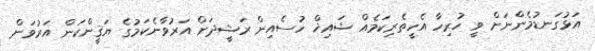
އަޅުގަނޑުމެންނަށް ވީ ހުރިހާ އެހީތެރިކަމެއް ޝައިޚް ހުސެއިން ރަޝީދަށް އަރުވާނެކަމުގެ ޔަޤީންކަން އަރުވަން